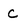
Character: C